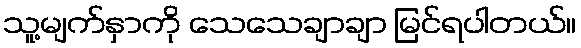
သူ့မျက်နှာကို သေသေချာချာ မြင်ရပါတယ်။